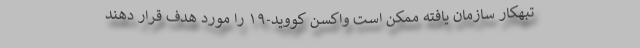
تبهکار سازمان یافته ممکن است واکسن کووید-۱۹ را مورد هدف قرار دهند